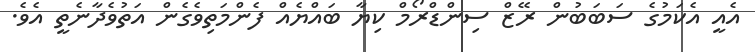
އެއީ އެކަމުގެ ސަބަބުން ރޭޒް ސިންޑްރޯމް ކިޔާ ބައްޔެއް ފެންމަތިވެގެން އަތުވެދާނެތީ އެވެ.